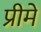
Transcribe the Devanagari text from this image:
प्रीमे